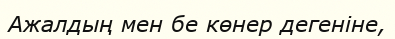
Ажалдың мен бе көнер дегеніне,